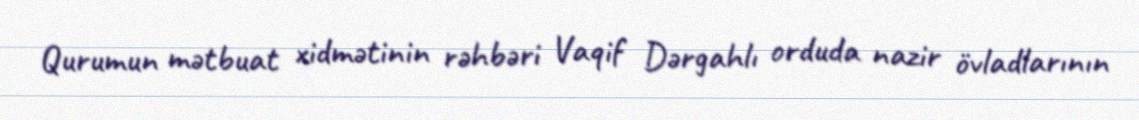
Qurumun mətbuat xidmətinin rəhbəri Vaqif Dərgahlı orduda nazir övladlarının